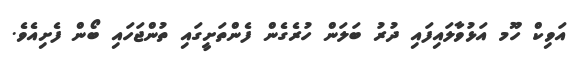
އަވިކް ހޫމ އަޅުވާލައިފައި ދުރު ބަލަން ހުރެގެން ފެންތަށީގައި ތުންޖަހައި ބޯން ފެށިއެވެ.